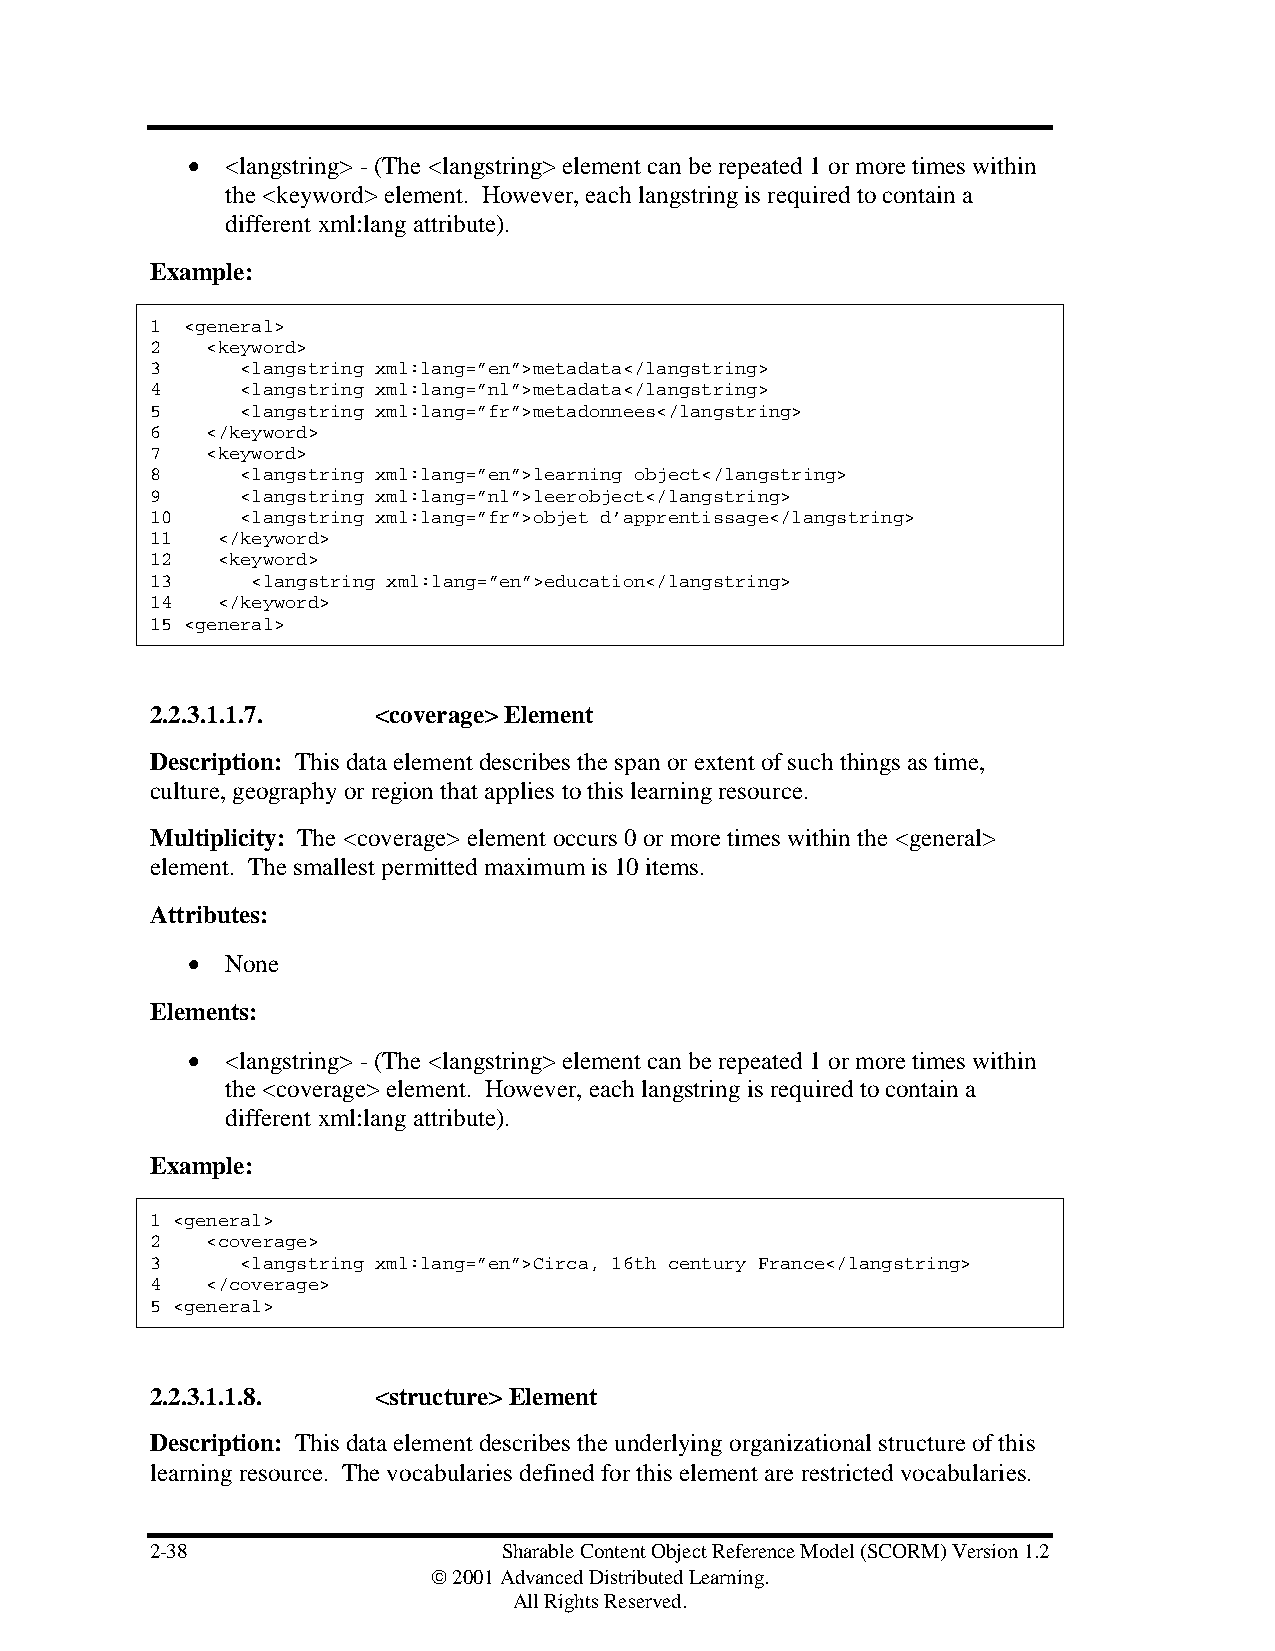
•  <langstring> - (The <langstring> element can be repeated 1 or more times within
 the <keyword> element. However, each langstring is required to contain a
 different xml:lang attribute).
 Example:
 1 <general>
 2   <keyword>
 3     <langstring xml:lang=”en”>metadata</langstring>
 4     <langstring xml:lang=”nl”>metadata</langstring>
 5     <langstring xml:lang=”fr”>metadonnees</langstring>
 6   </keyword>
 7   <keyword>
 8     <langstring xml:lang=”en”>learning object</langstring>
 9     <langstring xml:lang=”nl”>leerobject</langstring>
 10    <langstring xml:lang=”fr”>objet d’apprentissage</langstring>
 11  </keyword>
 12  <keyword>
 13     <langstring xml:lang=”en”>education</langstring>
 14  </keyword>
 15 <general>
 2.2.3.1.1.7.   <coverage> Element
 Description: This data element describes the span or extent of such things as time,
 culture, geography or region that applies to this learning resource.
 Multiplicity: The <coverage> element occurs 0 or more times within the <general>
 element. The smallest permitted maximum is 10 items.
 Attributes:
 •  None
 Elements:
 •  <langstring> - (The <langstring> element can be repeated 1 or more times within
 the <coverage> element. However, each langstring is required to contain a
 different xml:lang attribute).
 Example:
 1 <general>
 2   <coverage>
 3     <langstring xml:lang=”en”>Circa, 16th century France</langstring>
 4   </coverage>
 5 <general>
 2.2.3.1.1.8.   <structure> Element
 Description: This data element describes the underlying organizational structure of this
 learning resource. The vocabularies defined for this element are restricted vocabularies.
 2-38                   Sharable Content Object Reference Model (SCORM) Version 1.2
  2001 Advanced Distributed Learning.
 All Rights Reserved.